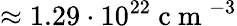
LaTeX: \approx 1.29\cdot 10^{22}\mathrm{~c~m~}^{-3}